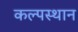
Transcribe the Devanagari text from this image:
कल्पस्थान